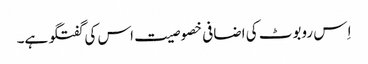
اِ س روبوٹ کی اضافی خصوصیت اس کی گفتگو ہے۔